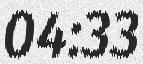
04:33